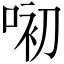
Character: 𱓏